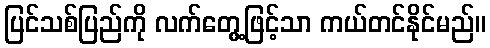
ပြင်သစ်ပြည်ကို လက်တွေ့ဖြင့်သာ ကယ်တင်နိုင်မည်။